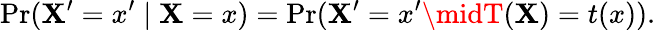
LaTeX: \operatorname*{Pr}(\mathbf{X}^{\prime}=x^{\prime}\mid\mathbf{X}=x)=\operatorname*{Pr}(\mathbf{X}^{\prime}=x^{\prime}\midT(\mathbf{X})=t(x)).